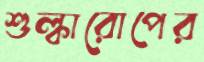
শুল্কারোপের